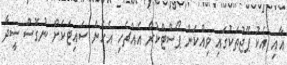
އާއި އެކު ޕޭޖުތަކުގައި ވިއްކަން ޕޯސްޓްކުރާ އެއްޗެހި އެހެން ސައިޓަކަށް ނުގޮސް ސީދާ